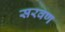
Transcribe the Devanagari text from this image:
सरवण